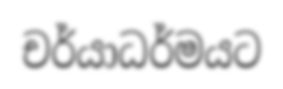
චර්යාධර්මයට